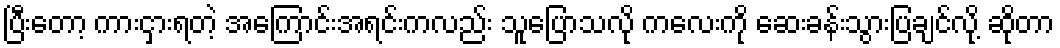
ပြီးတော့ ကားငှားရတဲ့ အကြောင်းအရင်းကလည်း သူပြောသလို ကလေးကို ဆေးခန်းသွားပြချင်လို့ ဆိုတာ